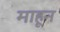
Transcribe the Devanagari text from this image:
माहून